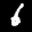
Label: 6